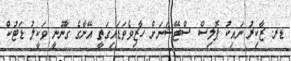
ޑރ. ޒާކިރު ނައިކު ޕޮލިސް ސްޓޭޝަނަށް ހާޒިވެވަޑައިގަތީ އޭނާގެ ގާނޫނީ ވަކީލު ޑަޓުކް